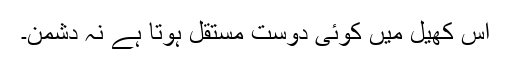
اس کھیل میں کوئی دوست مستقل ہوتا ہے نہ دشمن۔